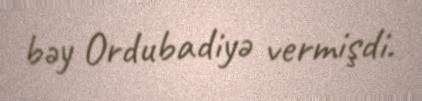
bəy Ordubadiyə vermişdi.